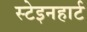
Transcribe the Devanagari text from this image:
स्टेइनहार्ट